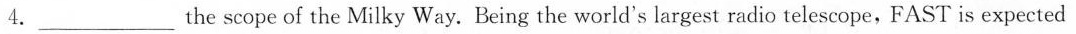
4.___ the scope of the Milky Way. Being the world's largest radio telescope, FAST is expected